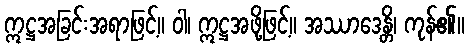
ဣဋ္ဌအခြင်းအရာဖြင့်။ ဝါ၊ ဣဋ္ဌအဖို့ဖြင့်။ အဿာဒေန္တိ၊ ကုန်၏။